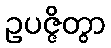
ဥပဇ္ဇိတွာ